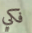
فكي